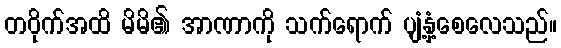
တဝိုက်အထိ မိမိ၏ အာဏာကို သက်ရောက် ပျံ့နှံ့စေလေသည်။